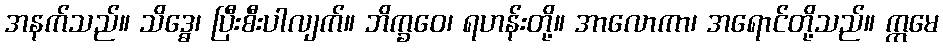
အနက်သည်။ သိဒ္ဓေ၊ ပြီးစီးပါလျက်။ ဘိက္ခဝေ၊ ရဟန်းတို့။ အာလောကာ၊ အရောင်တို့သည်။ ဣမေ